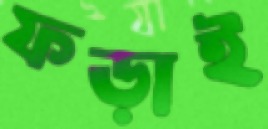
ফড়াই